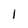
Character: 1